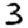
Digit: 3